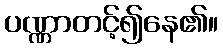
ပဏ္ဏာတင့်၍နေ၏။